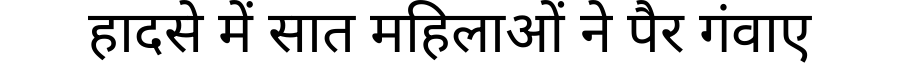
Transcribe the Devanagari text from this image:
हादसे में सात महिलाओं ने पैर गंवाए